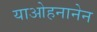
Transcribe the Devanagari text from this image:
याओहनानेन